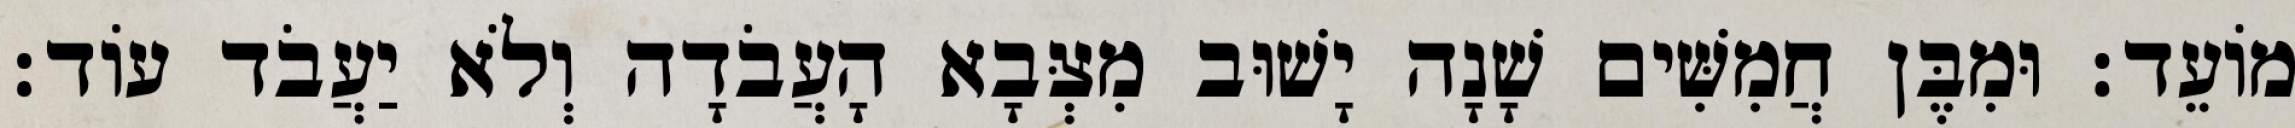
מוֹעֵד׃ וּמִבֶּן חֲמִשִּׁים שָׁנָה יָשׁוּב מִצְּבָא הָעֲבֹדָה וְלֹא יַעֲבֹד עוֹד׃